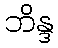
ဘိန္ဒ